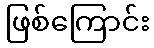
ဖြစ်ကြောင်း